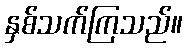
နှစ်သက်ကြသည်။